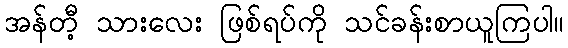
အန်တီ့ သားလေး ဖြစ်ရပ်ကို သင်ခန်းစာယူကြပါ။